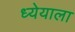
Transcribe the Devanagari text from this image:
ध्येयाला